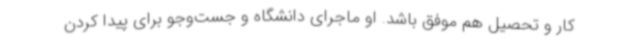
کار و تحصیل هم موفق باشد. او ماجرای دانشگاه و جست‌وجو برای پیدا کردن